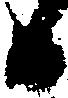
日